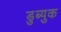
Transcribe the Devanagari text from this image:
डुब्युक